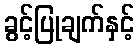
ခွင့်ပြုချက်နှင့်